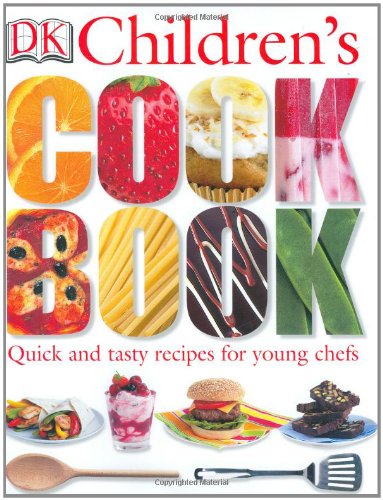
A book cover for DK Children's Cookbook; Katharine Ibbs; Children's Books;